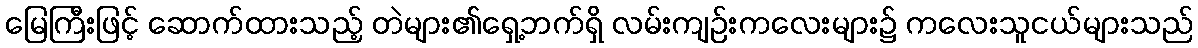
မြေကြီးဖြင့် ဆောက်ထားသည့် တဲများ၏ရှေ့ဘက်ရှိ လမ်းကျဉ်းကလေးများ၌ ကလေးသူငယ်များသည်